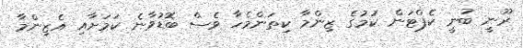
ރޫނީ ބުނީ ކެޕްޓަން ކަމުގެ ޒިންމާ ކިތަންމެހާ ވެސް ބޮޑުވާނެ ކަމަށާއި އެޒިންމާ